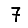
Digit: 7